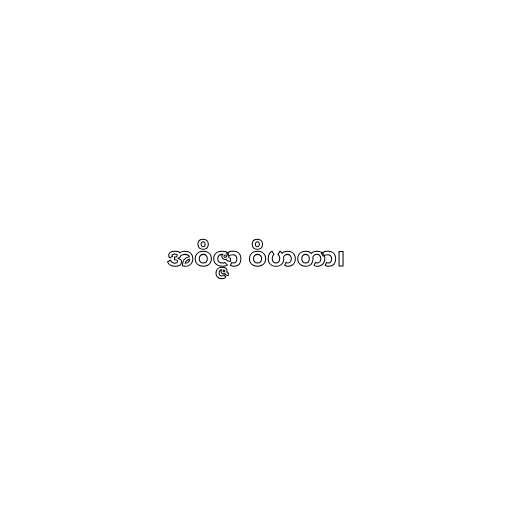
အဝိဇ္ဇာ ဝိဟတာ၊